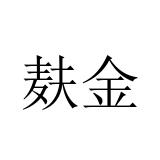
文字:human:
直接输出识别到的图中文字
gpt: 麸金